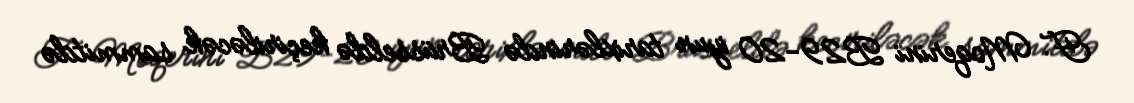
F. Moqerini B29-20 iyun tarixlərində Brüsseldə keçiriləcək sammitdə